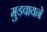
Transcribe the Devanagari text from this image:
मुडवायने